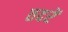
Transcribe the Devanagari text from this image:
तदरें